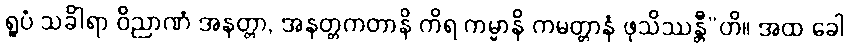
ရူပံ သင်္ခါရာ ဝိညာဏံ အနတ္တာ, အနတ္တကတာနိ ကိရ ကမ္မာနိ ကမတ္တာနံ ဖုသိဿန္တီ”တိ။ အထ ခေါ